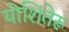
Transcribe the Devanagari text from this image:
योशितेरू